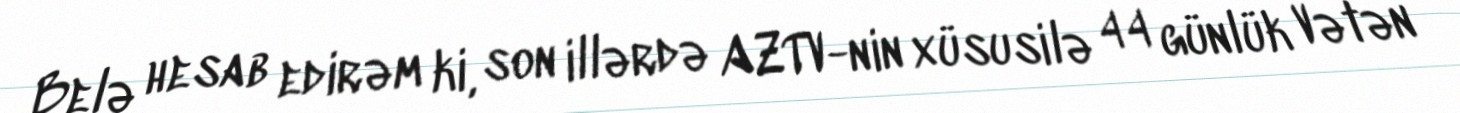
Belə hesab edirəm ki, son illərdə AZTV-nin xüsusilə 44 günlük Vətən